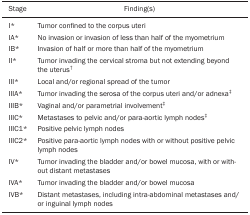
| Stage | Finding(s) |
 | --- | --- |
 | I* | Tumor confined to the corpus uteri |
 | IA* | No invasion or invasion of less than half of themyometrium |
 | IB* | Invasion of half or more than half of themyometrium |
 | II* | Tumor invading the cervical stroma but notextending beyond the uterus† |
 | III* | Local and/or regional spread of the tumor |
 | IIIA* | Tumor invading the serosa of the corpus uteriand/or adnexa‡ |
 | IIIB* | Vaginal and/or parametrial involvement‡ |
 | IIIC* | Metastases to pelvic and/or para-aortic lymphnodes‡ |
 | IIIC1* | Positive pelvic lymph nodes |
 | IIIC2* | Positive para-aortic lymph nodes with or withoutpositive pelvic lymph nodes |
 | IV* | Tumor invading the bladder and/or bowel mucosa,with or with-out distant metastases |
 | IVA* | Tumor invading the bladder and/or bowel mucosa |
 | IVB* | Distant metastases, including intra-abdominalmetastases and/ or inguinal lymph nodes |